Leaving Certificate Examination (including Day School Certificate (Higher) General paper), 1937
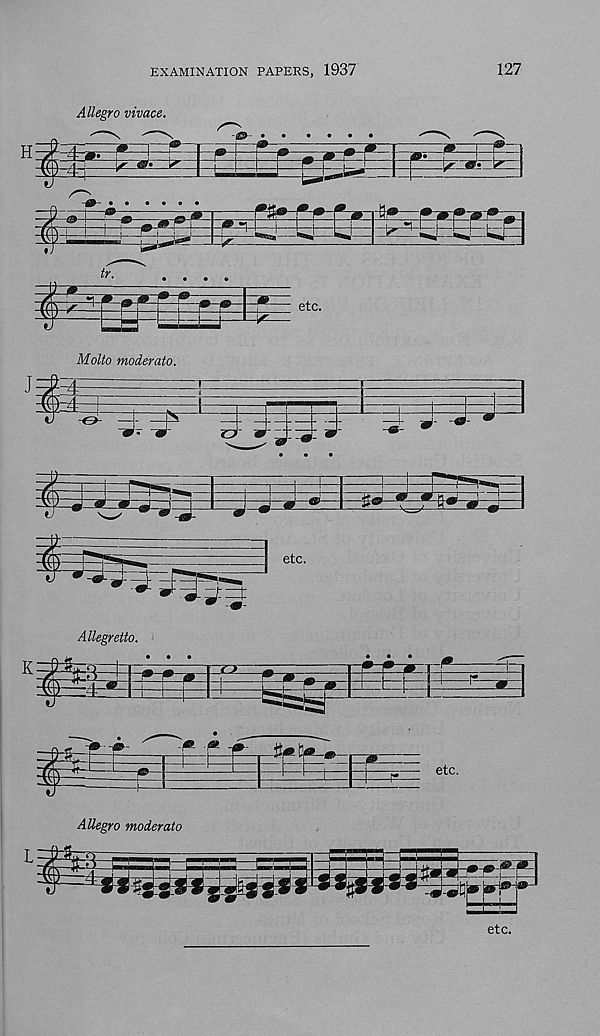
EXAMINATION PAPERS, 1937
127
H
Allegro vivace.
i Mi
tifes-E:
---
- »
etc.
Allegretto.